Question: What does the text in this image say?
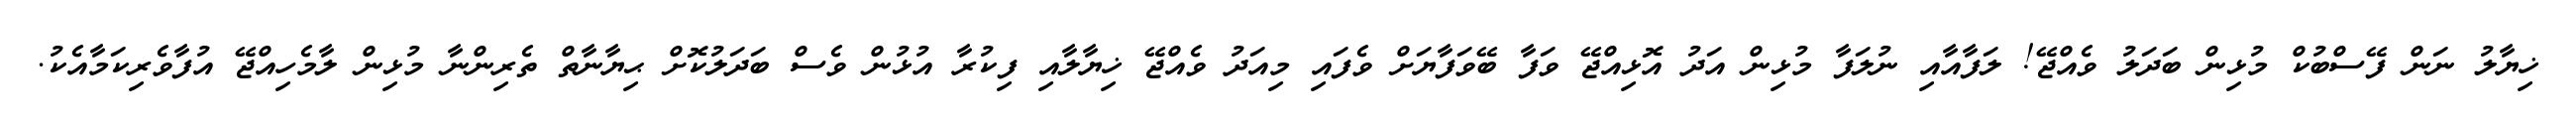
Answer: ޚިޔާލު ނަން ފޭސްބުކް މުޅިން ބަދަލު ވެއްޖޭ! ލަފާއާއި ނުލަފާ މުޅިން އަދު އޮޅިއްޖޭ ވަފާ ބޭވަފާޔަށް ވެފައި މިއަދު ވެއްޖޭ ޚިޔާލާއި ފިކުރާ އުޅުން ވެސް ބަދަލުކޮށް ޙިޔާނާތް ތެރިންނާ މުޅިން ލާމެހިއްޖޭ އުފާވެރިކަމާއެކު.